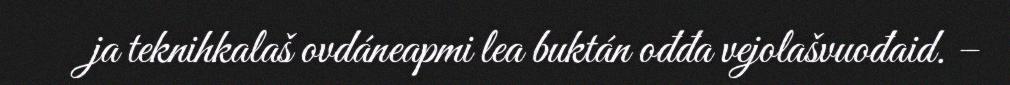
ja teknihkalaš ovdáneapmi lea buktán ođđa vejolašvuođaid. –